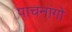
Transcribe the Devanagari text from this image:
पाचनांगो